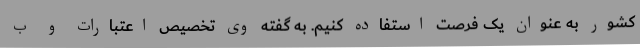
کشور به عنوان یک فرصت استفاده کنیم. به گفته وی تخصیص اعتبارات و ب